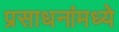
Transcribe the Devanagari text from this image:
प्रसाधनांमध्ये